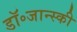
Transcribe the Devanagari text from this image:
डॉ॰जान्स्की